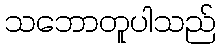
သဘောတူပါသည်